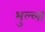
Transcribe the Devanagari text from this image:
भुल्ला